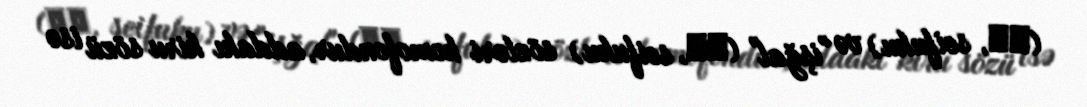
(制服, seifuku) və "işğal" (征服, seifuku) sözləri homofondur, addakı kiru sözü isə